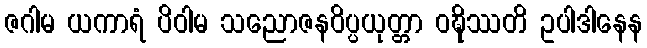
ဇဂါမ ယကာရံ ပိဝါမ သညောဇနဝိပ္ပယုတ္တာ ဝဍ္ဎိဿတိ ဥပါဒါနေန